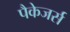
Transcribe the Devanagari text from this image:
पैकेजर्स